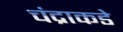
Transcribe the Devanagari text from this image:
चंद्राकडे